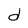
Character: d